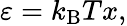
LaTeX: \varepsilon=k_{\mathrm{B}}Tx,